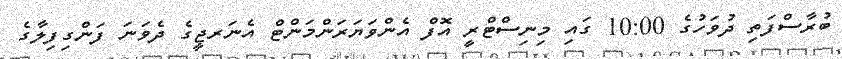
ބުރާސްފަތި ދުވަހުގެ 10:00 ގައި މިނިސްޓްރީ އޮފް އެންވަޔަރަންމަންޓް އެނަރޖީގެ ދެވަނަ ފަންގިފިލާގެ